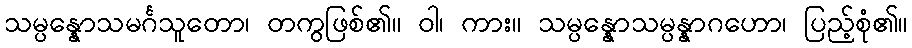
သမ္ပန္နောသမင်္ဂသူတော၊ တကွဖြစ်၏။ ဝါ၊ ကား။ သမ္ပန္နောသမ္ပန္နာဂဟော၊ ပြည့်စုံ၏။